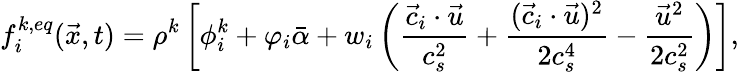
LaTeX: f_{i}^{k,eq}(\vec{x},t)=\rho^{k}\left[\phi_{i}^{k}+\varphi_{i}\bar{\alpha}+w_{i}\left(\frac{\vec{c}_{i}\cdot\vec{u}}{c_{s}^{2}}+\frac{(\vec{c}_{i}\cdot\vec{u})^{2}}{2c_{s}^{4}}-\frac{\vec{u}^{2}}{2c_{s}^{2}}\right)\right],